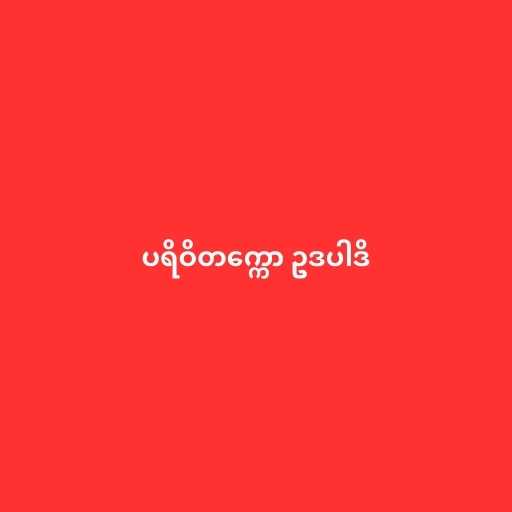
ပရိဝိတက္ကော ဥဒပါဒိ